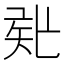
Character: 𥎲